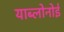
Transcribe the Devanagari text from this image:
याब्लोनोई